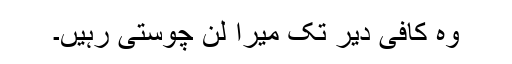
وہ کافی دیر تک میرا لن چوستی رہیں۔